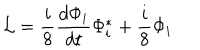
{ \cal { L } } = \frac { i } { 8 } \frac { d \Phi _ { i } } { d t } \Phi _ { i } ^ { * } + \frac { i } { 8 } \Phi _ { i }